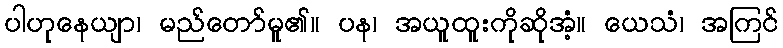
ပါဟုနေယျာ၊ မည်တော်မူ၏။ ပန၊ အယူထူးကိုဆိုအံ့။ ယေသံ၊ အကြင်